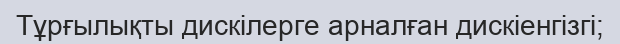
Тұрғылықты дискілерге арналған дискіенгізгі;